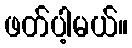
ဖတ်ပါ့မယ်။